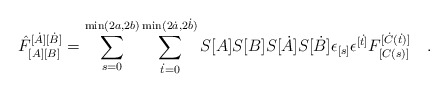
\begin{align*}\hat F_{[A] [B]}^{[\dot A][\dot B]}= \sum_{s=0}^{\min (2a,2b)}\sum_{\dot t=0}^{\min (2\dot a,2\dot b)} S[A]S[B]S[\dot A]S[\dot B] \epsilon_{[s]}\epsilon^{[\dot t]} F_{[C(s)]}^{[\dot C(\dot t)]}\ \ \ .\end{align*}